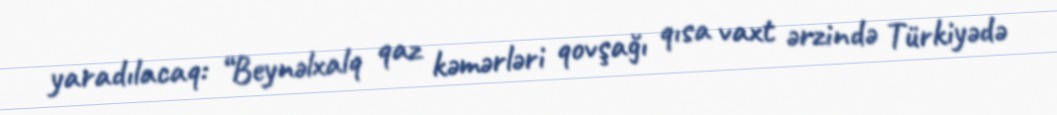
yaradılacaq: “Beynəlxalq qaz kəmərləri qovşağı qısa vaxt ərzində Türkiyədə